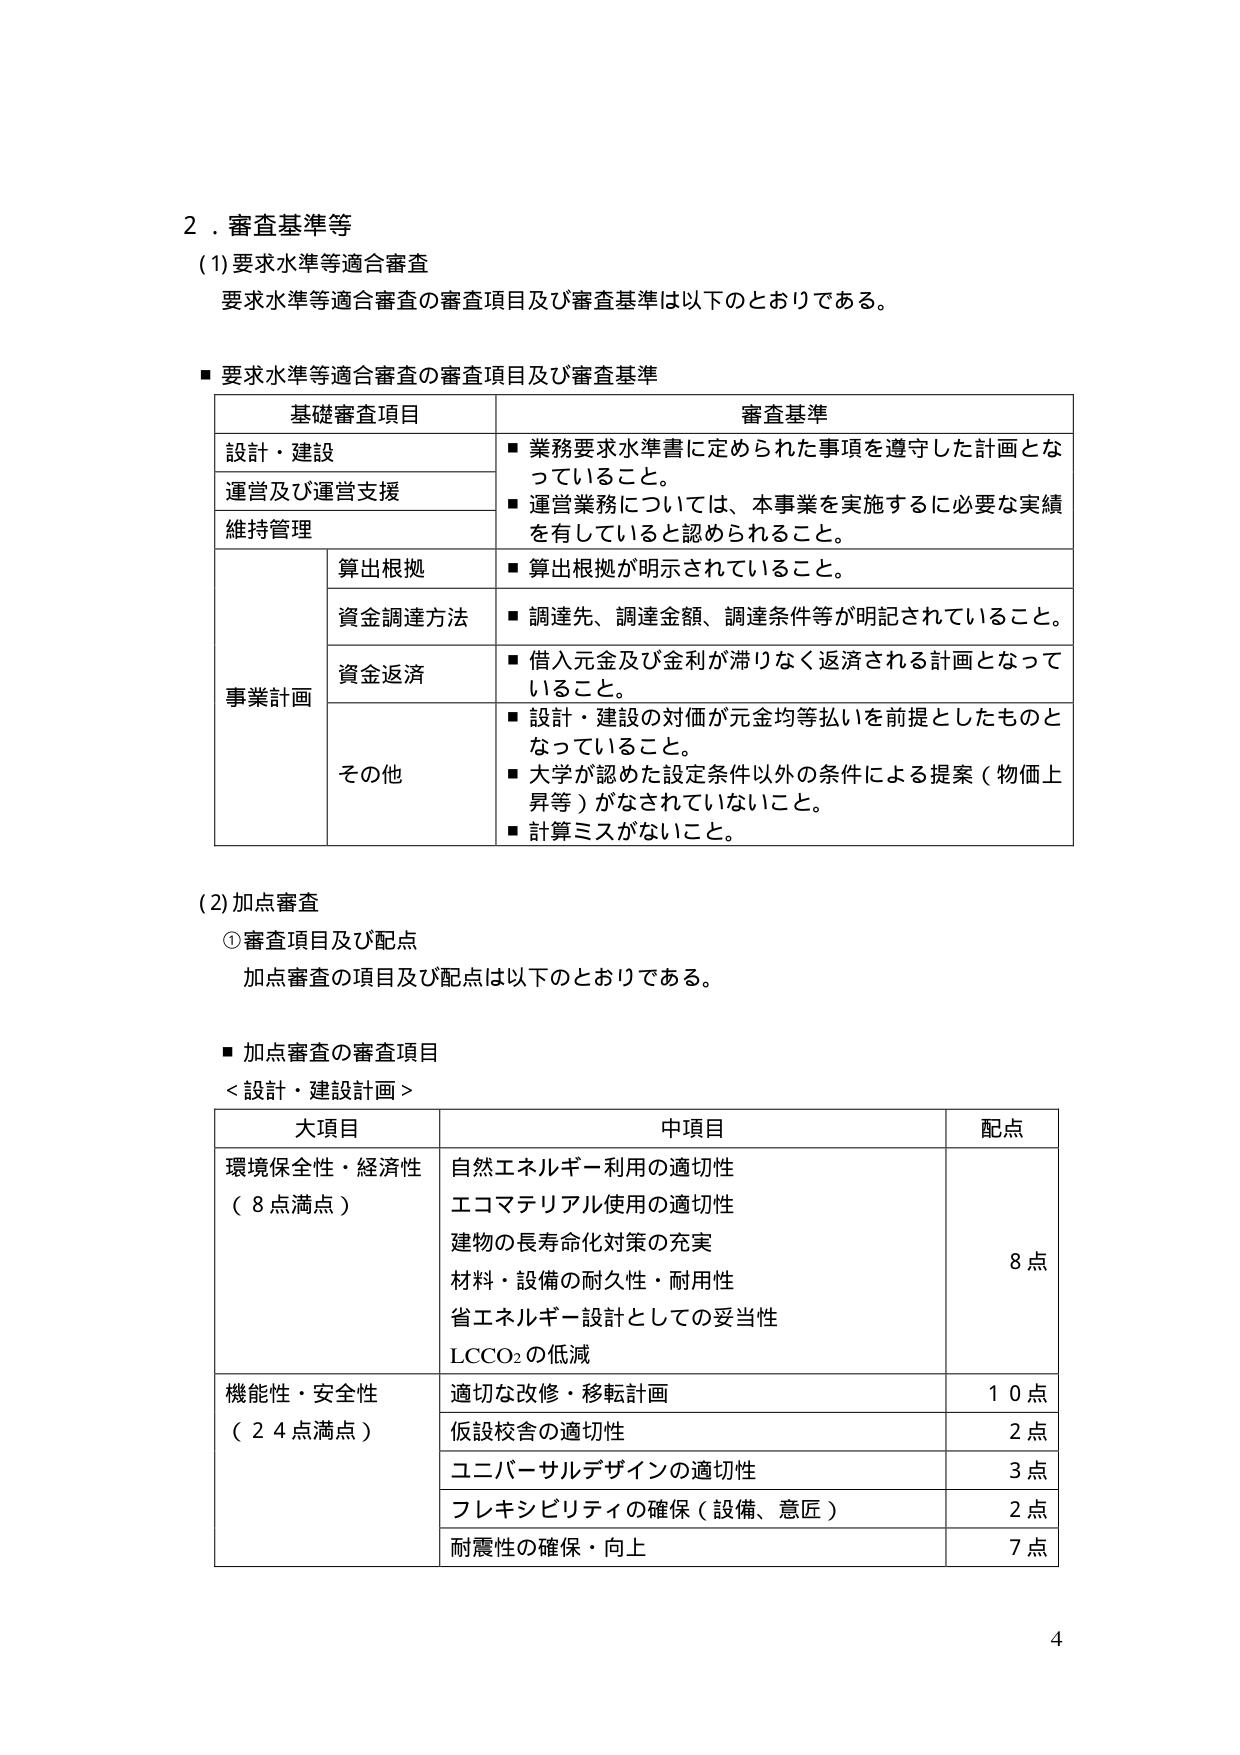
2．審査基準等
(1) 要求水準等適合審査
要求水準等適合審査の審査項目及び審査基準は以下のとおりである。

■ 要求水準等適合審査の審査項目及び審査基準

| 基礎審査項目 | 審査基準 |
|--------------|----------|
| 設計・建設 | ■ 業務要求水準書に定められた事項を遵守した計画となっていること。 |
| 運営及び運営支援 | ■ 運営業務については、本事業を実施するに必要な実績を有していると認められること。 |
| 維持管理 | |
| 事業計画 | |
| | 算出根拠 | ■ 算出根拠が明示されていること。 |
| | 資金調達方法 | ■ 調達先、調達金額、調達条件等が明記されていること。 |
| | 資金返済 | ■ 借入元金及び金利が滞りなく返済される計画となっていること。 |
| | その他 | ■ 設計・建設の対価が元金均等払いを前提としたものとなっていること。<br>■ 大学が認めた設定条件以外の条件による提案（物価上昇等）がなされていないこと。<br>■ 計算ミスがないこと。 |

(2) 加点審査
① 審査項目及び配点
加点審査の項目及び配点は以下のとおりである。

■ 加点審査の審査項目
＜設計・建設計画＞

| 大項目 | 中項目 | 配点 |
|---------|---------|------|
| 環境保全性・経済性<br>（8点満点） | 自然エネルギー利用の適切性<br>エコマテリアル使用の適切性<br>建物の長寿命化対策の充実<br>材料・設備の耐久性・耐用性<br>省エネルギー設計としての妥当性<br>LCCO₂の低減 | 8点 |
| 機能性・安全性<br>（24点満点） | 適切な改修・移転計画 | 10点 |
| | 仮設校舎の適切性 | 2点 |
| | ユニバーサルデザインの適切性 | 3点 |
| | フレキシビリティの確保（設備、意匠） | 2点 |
| | 耐震性の確保・向上 | 7点 |

4